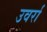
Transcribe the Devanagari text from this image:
उवर्रा